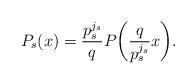
LaTeX: \begin{align*}P_s(x) = \frac{p_s^{j_s}}{q} P\bigg(\frac{q}{p_s^{j_s}} x \bigg).\end{align*}